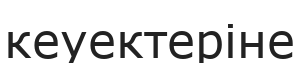
кеуектеріне